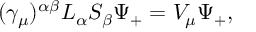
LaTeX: ( \gamma _ { \mu } ) ^ { \alpha \beta } L _ { \alpha } S _ { \beta } \Psi _ { + } = V _ { \mu } \Psi _ { + } ,